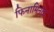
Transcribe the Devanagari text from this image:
फिनामिनल